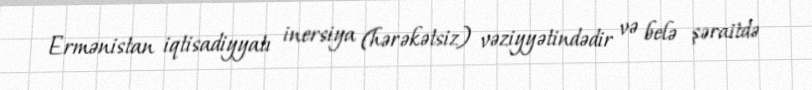
Ermənistan iqtisadiyyatı inersiya (hərəkətsiz) vəziyyətindədir və belə şəraitdə